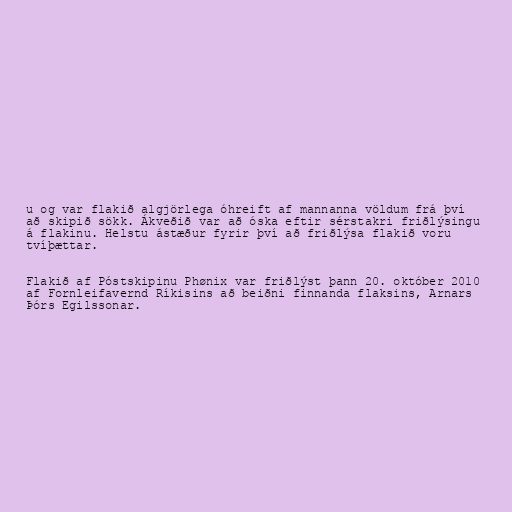
u og var flakið algjörlega óhreift af mannanna völdum frá því
að skipið sökk. Ákveðið var að óska eftir sérstakri friðlýsingu
á flakinu. Helstu ástæður fyrir því að friðlýsa flakið voru
tvíþættar.

Flakið af Póstskipinu Phønix var friðlýst þann 20. október 2010
af Fornleifavernd Ríkisins að beiðni finnanda flaksins, Arnars
Þórs Egilssonar.